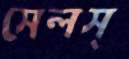
সেলস্